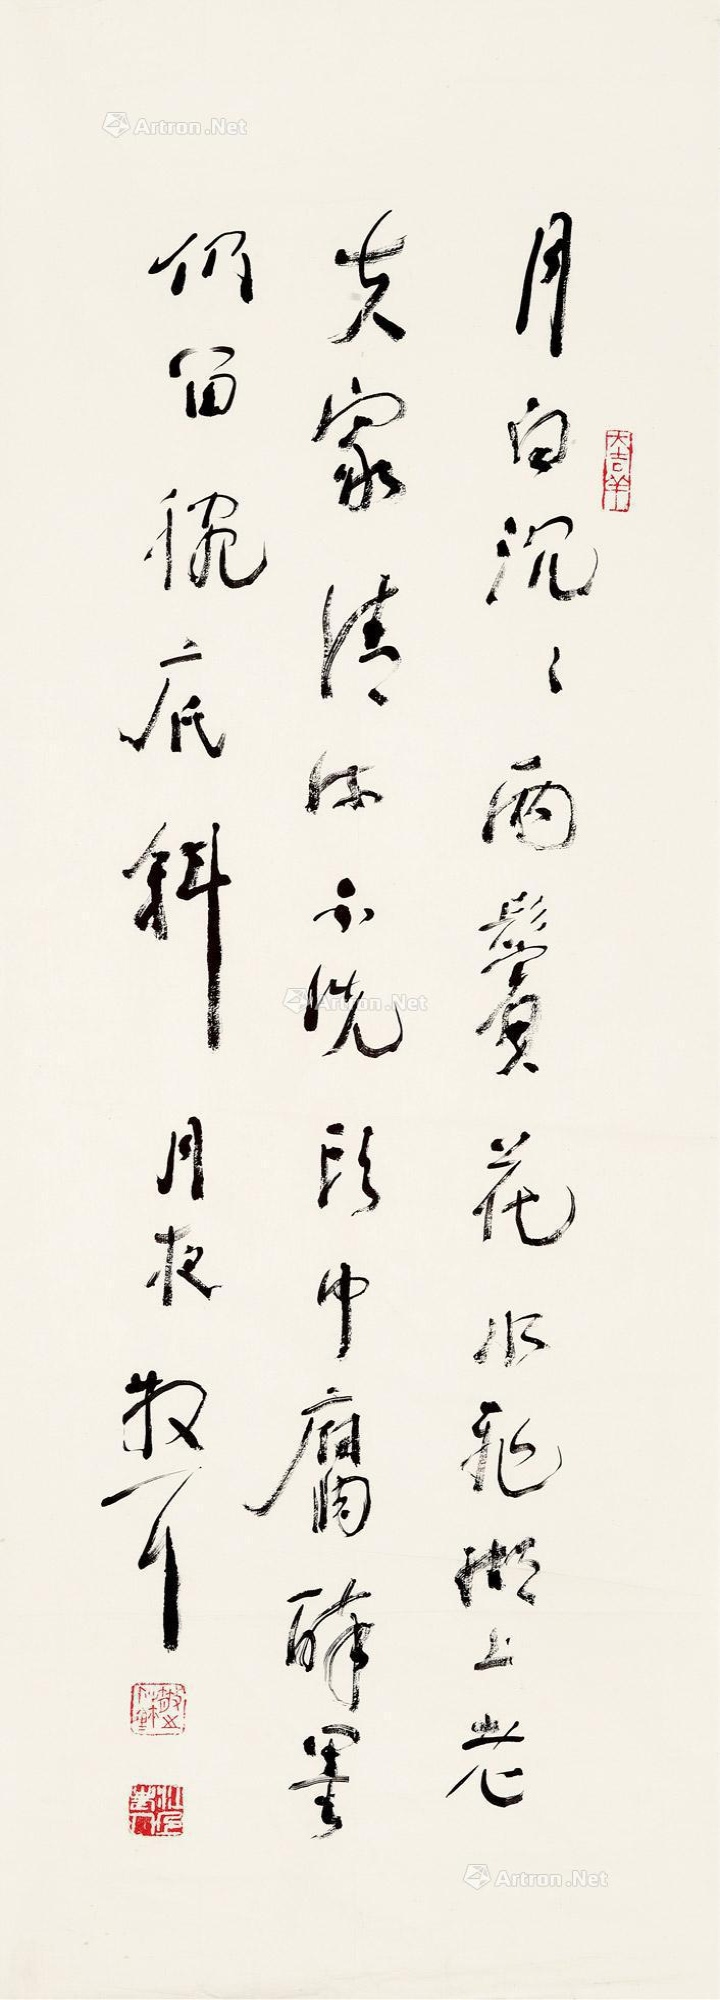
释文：月白沉沉两鬓花,水飞湖上老夫家。清流不洗头巾腐,醉墨仍留腕底斜。月夜。散耳。